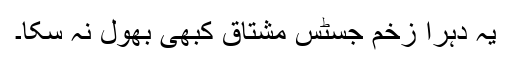
یہ دُہرا زخم جسٹس مشتاق کبھی بھول نہ سکا۔